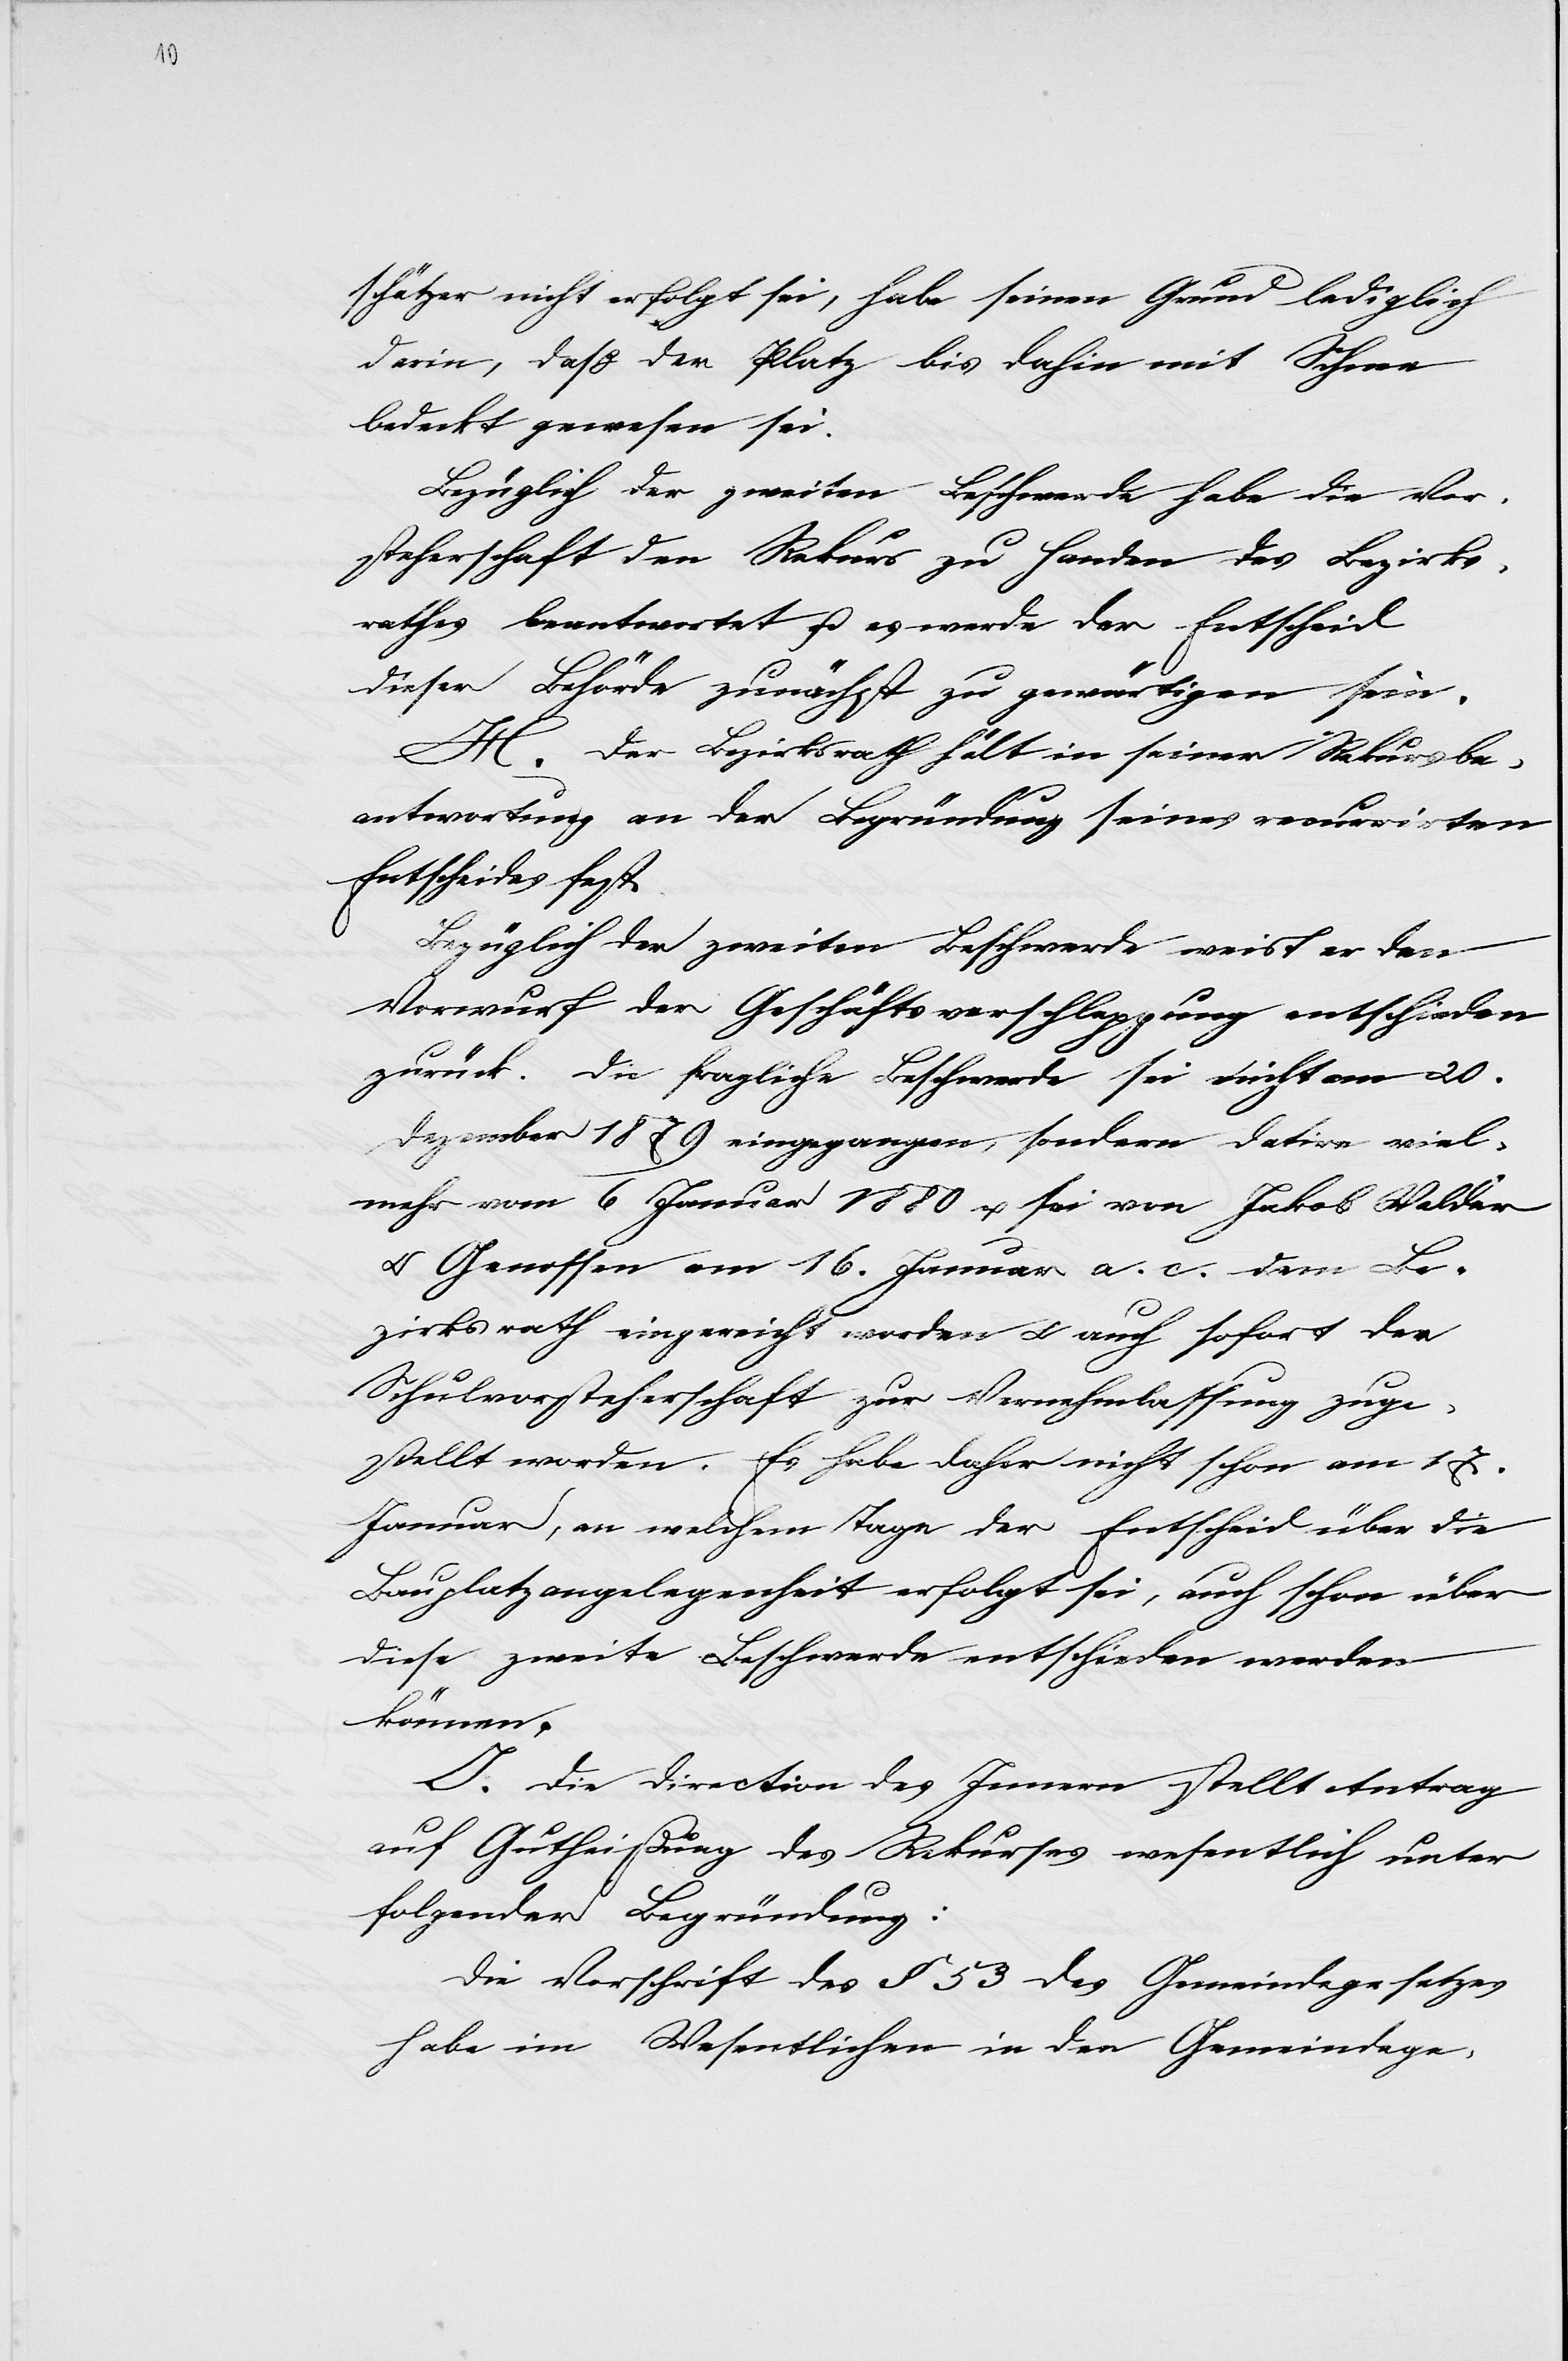
1880.

ertheilen, läßt
6.